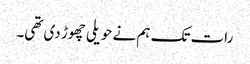
رات تک ہم نے حویلی چھوڑ دی تھی۔